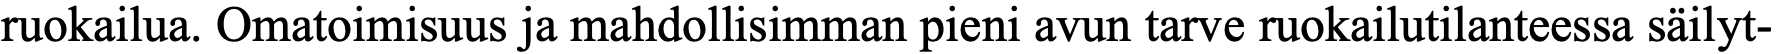
ruokailua. Omatoimisuus ja mahdollisimman pieni avun tarve ruokailutilanteessa säilyt-